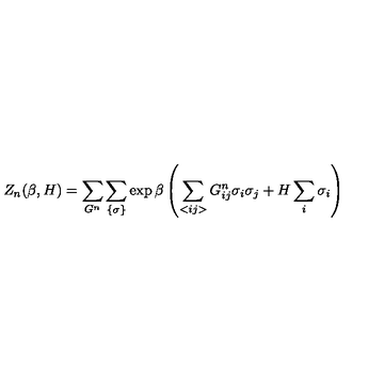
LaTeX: Z _ { n } ( \beta , H ) = \sum _ { G ^ { n } } \sum _ { \{ \sigma \} } \exp \beta \left( \sum _ { < i j > } G _ { i j } ^ { n } \sigma _ { i } \sigma _ { j } + H \sum _ { i } \sigma _ { i } \right)